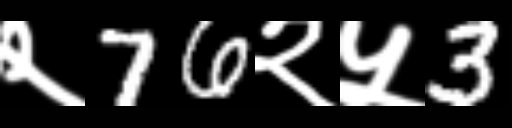
Text: २76२५3